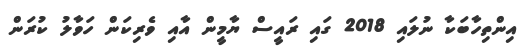
އިންތިހާބަކާ ނުލައި 2018 ގައި ރައީސް ޔާމީން އާއި ވެރިކަން ހަވާލު ކުރަން